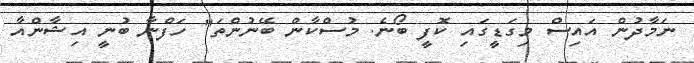
ނަމާދުން އައިސް މިގަޑީގައި ކޮފީ ބޯނެ. މުސްކާން ބޭނުންތަ" ހަފްނާ ބުނީ އިޝާންއާ